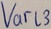
Text: Varl3